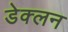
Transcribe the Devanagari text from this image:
डेक्लन